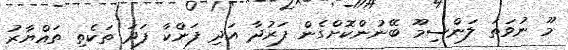
މޫ ނުވަތަ ލަންސިމޫ ބޭނުންކޮށްގެން ފަރުދާ އަދި ފަންކާ ފަދަ ތަކެތި ތައްޔާރު